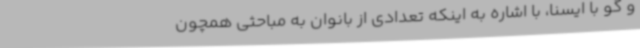
و گو با ایسنا، با اشاره به اینکه تعدادی از بانوان به مباحثی همچون